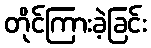
တိုင်ကြားခဲ့ခြင်း